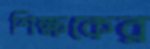
শিক্ষকের